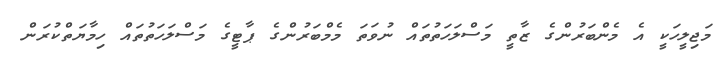
މަޖިލީހަކީ އެ މެންބަރުންގެ ޒާތީ މަސްލަހަތުތައް ނުވަތަ މެމްބަރުންގެ ޕާޓީގެ މަސްލަހަތުތައް ހިމާޔަތްކުރަން